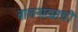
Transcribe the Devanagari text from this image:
बालनाट्याची